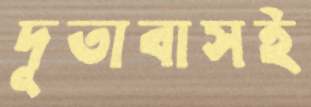
দূতাবাসই